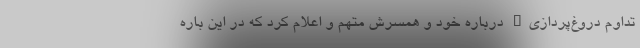
تداوم دروغ‌پردازی" درباره خود و همسرش متهم و اعلام کرد که در این باره